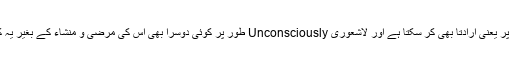
یہ کام انسان شعوری سطح پر یعنی ارادتاً بھی کر سکتا ہے اور لاشعوری Unconsciously طور پر کوئی دوسرا بھی اس کی مرضی و منشاء کے بغیر یہ کام سر انجام دے سکتا ہے۔